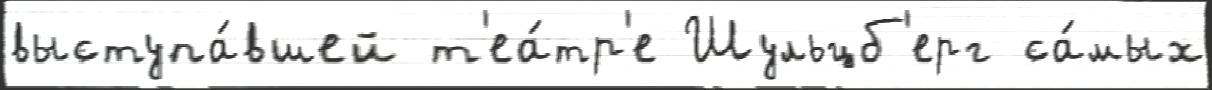
выступа́вшей т'еа́тр'е Шульцб'ерг са́мых